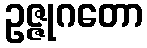
ဥဇ္ဇုဂတော